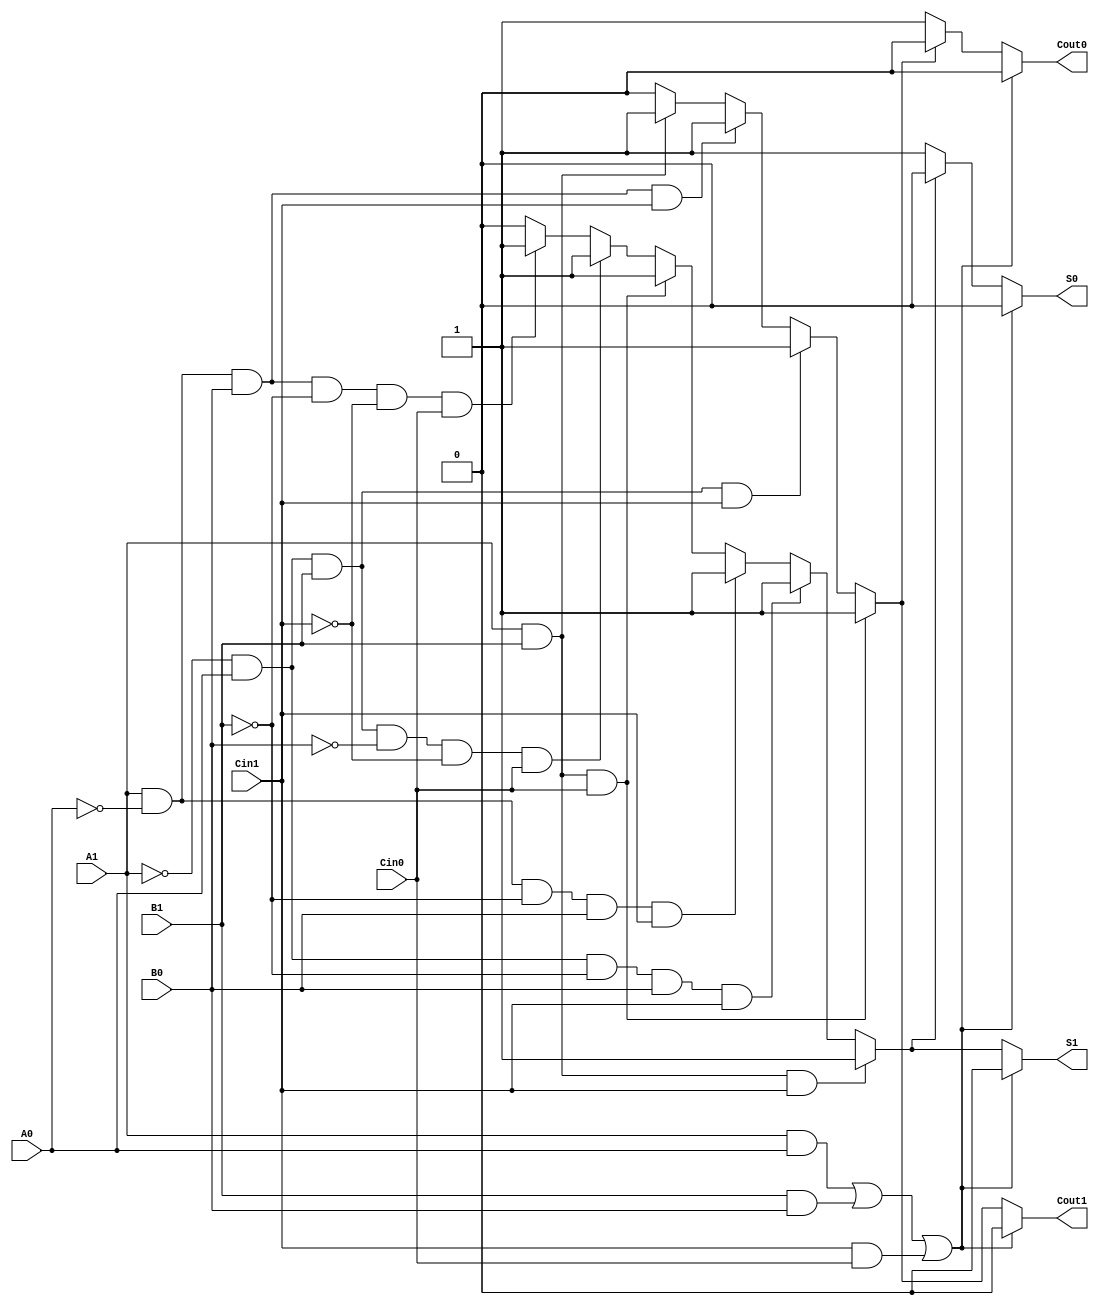
module dual_rail_full_adder (
    input A1, A0,   // Dual-rail representation of input A
    input B1, B0,   // Dual-rail representation of input B
    input Cin1, Cin0, // Dual-rail representation of carry input Cin
    output reg S1, S0, // Dual-rail representation of sum output S
    output reg Cout1, Cout0 // Dual-rail representation of carry output Cout
);

always @(*) begin
    // Initialize outputs to 0
    S1 = 0; S0 = 0;
    Cout1 = 0; Cout0 = 0;

    // Sum output logic
    // S1 = A XOR B XOR Cin
    if (A1 && !A0 && B0 && !B1 && !Cin1 && Cin0) S1 = 1; // A=1, B=0, Cin=0
    if (!A1 && A0 && B1 && !B0 && !Cin1 && Cin0) S1 = 1; // A=0, B=1, Cin=0
    if (A1 && B1 && Cin0) S1 = 1; // A=1, B=1, Cin=0
    if (A1 && !A0 && !B1 && B0 && Cin1) S1 = 1; // A=1, B=0, Cin=1
    if (!A1 && A0 && !B1 && B0 && Cin1) S1 = 1; // A=0, B=1, Cin=1
    if (A1 && B1 && Cin1) S1 = 1; // A=1, B=1, Cin=1

    // S0 = NOT(S1)
    if (!S1) S0 = 1; // S0 valid when S1 is not valid
    
    // Carry output logic
    // Cout = (A AND B) OR (Cin AND (A XOR B))
    if (A1 && B1) Cout1 = 1; // A=1, B=1
    if (A1 && !A0 && B0 && Cin1) Cout1 = 1; // A=1, B=0, Cin=1
    if (!A1 && A0 && B1 && Cin1) Cout1 = 1; // A=0, B=1, Cin=1
    if (A1 && B1 && Cin0) Cout1 = 1; // A=1, B=1, Cin=0

    // Cout0 = NOT(Cout1)
    if (!Cout1) Cout0 = 1; // Cout0 valid when Cout1 is not valid
    
    // Fault tolerance checks
    // Invalid state handling (if both rails are high)
    if ((A1 && A0) || (B1 && B0) || (Cin1 && Cin0)) begin
        // Handle fault condition, you may want to set outputs to some error state
        S1 = 0; S0 = 0; // Invalid output for sum
        Cout1 = 0; Cout0 = 0; // Invalid output for carry
    end
end

endmodule